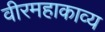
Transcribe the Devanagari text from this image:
वीरमहाकाव्य